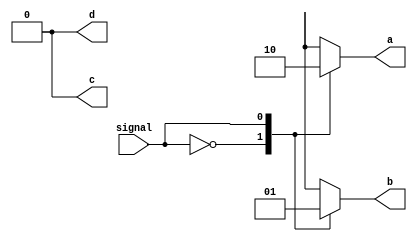
module Decoder (
    input signal,
    output a, b, c, d
    );
    
    always @ (signal) begin
        case(signal)
            2'b00: begin
                a = 1;
                b = 0;
                c = 0;
                d = 0;
            end
            2'b01: begin
                a = 0;
                b = 1;
                c = 0;
                d = 0;
            end
            2'b10: begin
                a = 0;
                b = 0;
                c = 1;
                d = 0;
            end
            2'b11: begin
                a = 0;
                b = 0;
                c = 0;
                d = 1;
            end
            default: begin
                a = 0;
                b = 0;
                c = 0;
                d = 0;
            end
        endcase
    end
endmodule